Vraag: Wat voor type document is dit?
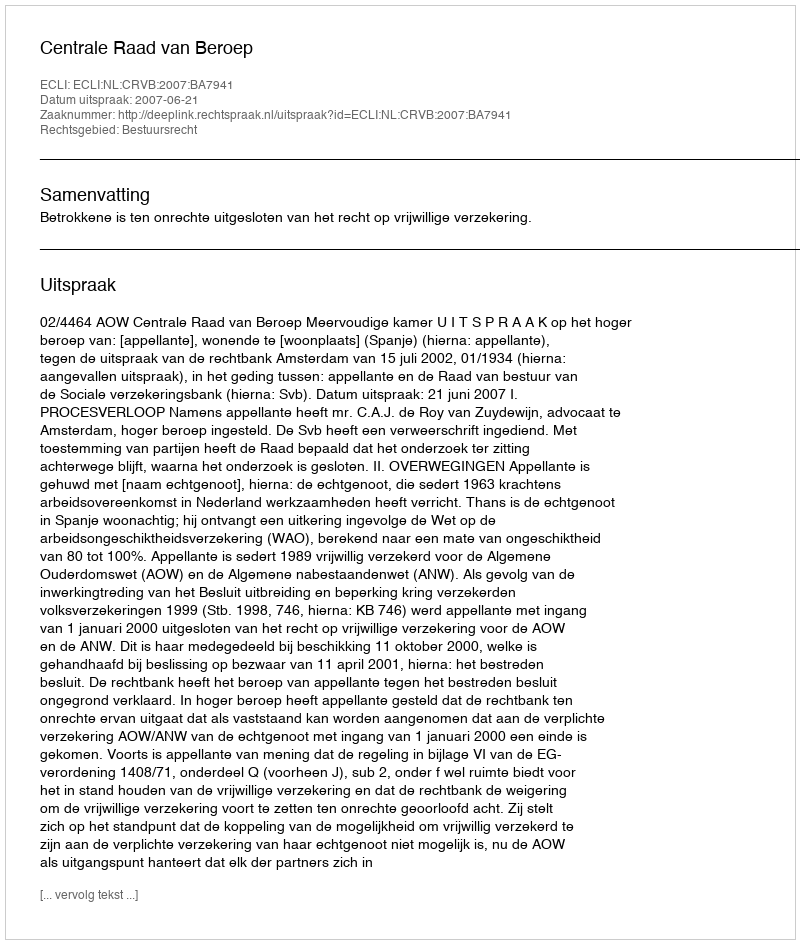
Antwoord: Uitspraak